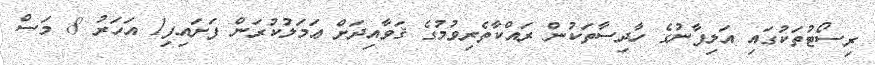
ރިސޯޓުތަކުގައި އަލިފާނުގެ ހާދިސާތަކުން ރައްކާތެރިވުމުގެ ޤަވާއިދަށް ޢަަމަލުކުރަން ފަށައިފި1 އަހަރު 8 މަސް